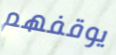
يوقفهم